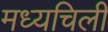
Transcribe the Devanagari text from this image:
मध्यचिली